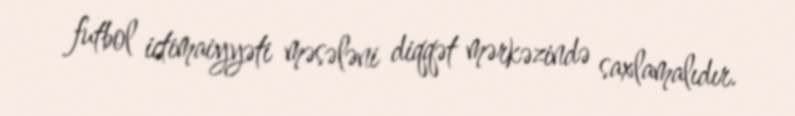
futbol ictimaiyyəti məsələni diqqət mərkəzində saxlamalıdır.